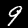
Digit: 9